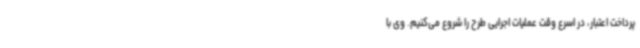
پرداخت اعتبار، در اسرع وقت عملیات اجرایی طرح را شروع می‌کنیم. وی با